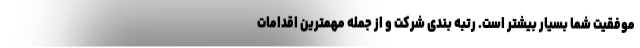
موفقیت شما بسیار بیشتر است. رتبه بندی شرکت و از جمله مهمترین اقدامات